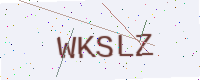
Text: WKSLZ